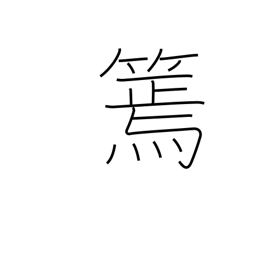
Meaning: slender bamboo